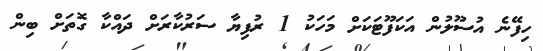
ހިފޭނެ އުސޫލުން އަކަފޫޓަކަށް މަހަކު 1 ރުފިޔާ ސަރުކާރަށް ދައްކާ ގޮތަށް ބިން